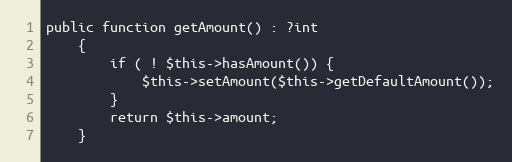
Language: PHP
public function getAmount() : ?int
    {
        if ( ! $this->hasAmount()) {
            $this->setAmount($this->getDefaultAmount());
        }
        return $this->amount;
    }